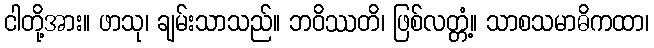
ငါတို့အား။ ဖာသု၊ ချမ်းသာသည်။ ဘဝိဿတိ၊ ဖြစ်လတ္တံ့။ သာစသမာဓိကထာ၊